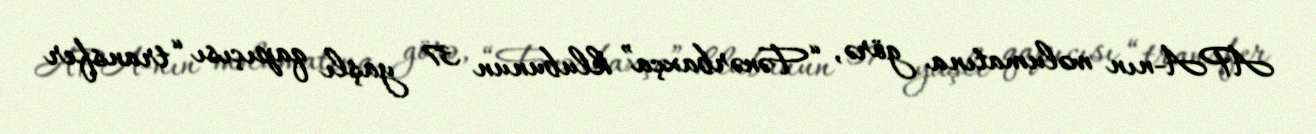
APA-nın məlumatına görə, “Fənərbaxça” klubunun 37 yaşlı qapıçısı “transfer